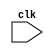
module MIPS_Processor
   (clk);
  input clk;


endmodule